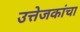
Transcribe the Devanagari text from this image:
उत्तेजकांचा